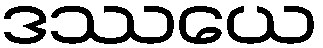
ဒဿယေ